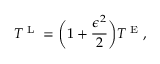
T ^ { \textnormal { L } } = \bigg ( 1 + \frac { \epsilon ^ { 2 } } { 2 } \bigg ) T ^ { \textnormal { E } } ,